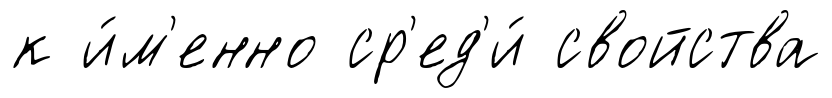
к и́м'енно ср'ед'и́ свойства